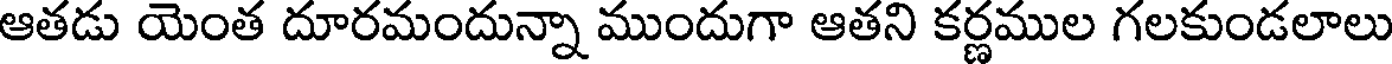
ఆతడు యెంత దూరమందున్నా ముందుగా ఆతని కర్ణముల గలకుండలాలు